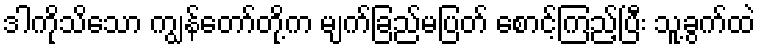
ဒါကိုသိသော ကျွန်တော်တို့က မျက်ခြည်မပြတ် စောင့်ကြည့်ပြီး သူ့ခွက်ထဲ